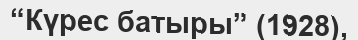
“Күрес батыры” (1928),